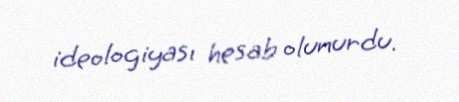
ideologiyası hesab olunurdu.